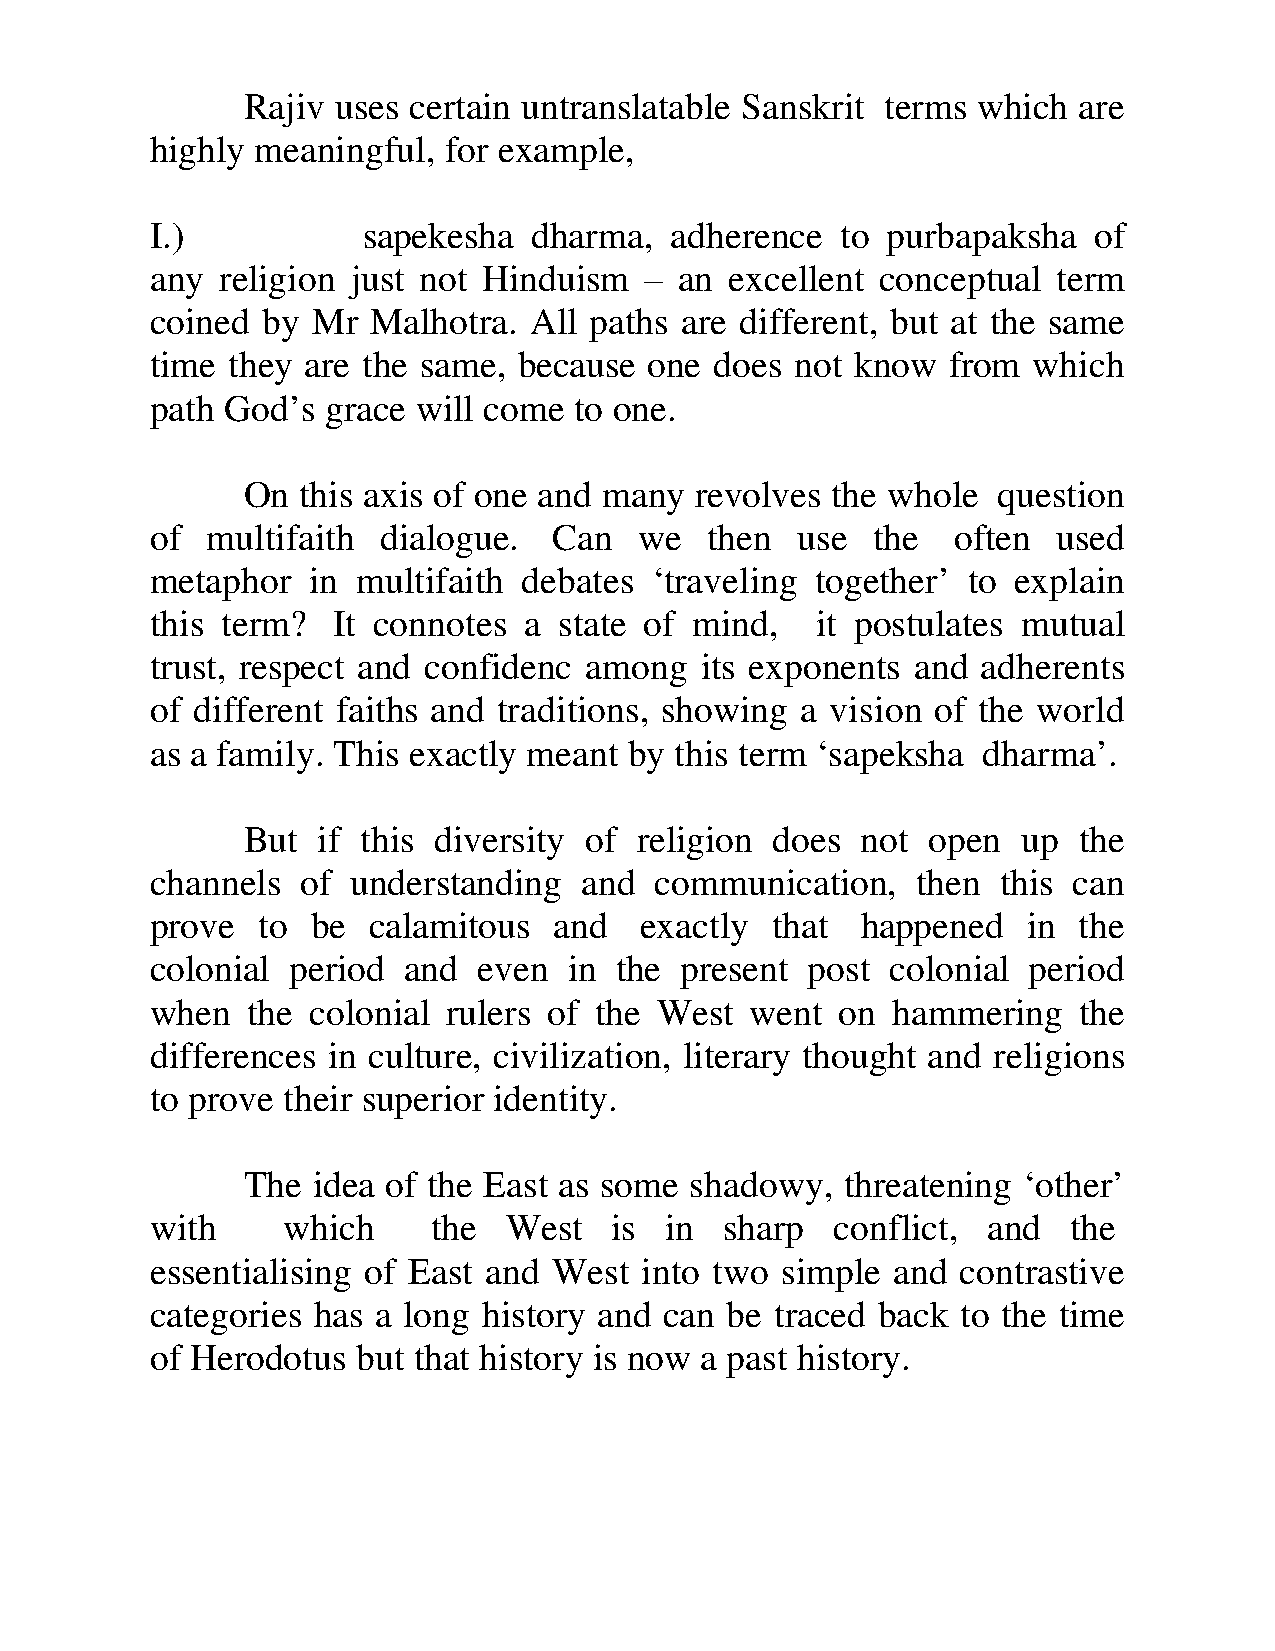
Rajiv uses certain untranslatable Sanskrit terms which are
 highly meaningful, for example,
 I.)           sapekesha  dharma,  adherence   to purbapaksha  of
 any  religion just not Hinduism  – an excellent conceptual  term
 coined by  Mr  Malhotra. All paths are different, but at the same
 time they are the same, because  one does  not know  from which
 path God’s  grace will come to one.
 On  this axis of one and many revolves the whole  question
 of  multifaith dialogue.   Can  we   then  use  the  often  used
 metaphor  in  multifaith debates ‘traveling together’ to explain
 this term?  It connotes  a state of mind,   it postulates mutual
 trust, respect and confidenc among  its exponents  and adherents
 of different faiths and traditions, showing a vision of the world
 as a family. This exactly meant by this term ‘sapeksha dharma’.
 But  if this diversity of religion does  not  open  up the
 channels  of understanding   and communication,    then this can
 prove  to  be calamitous   and  exactly  that  happened   in the
 colonial period  and  even  in the present  post colonial period
 when  the colonial  rulers of the West  went  on hammering   the
 differences in culture, civilization, literary thought and religions
 to prove their superior identity.
 The  idea of the East as some shadowy,  threatening ‘other’
 with     which     the  West   is in  sharp  conflict, and   the
 essentialising of East and West into two  simple and  contrastive
 categories has a long history and can be traced back  to the time
 of Herodotus  but that history is now a past history.